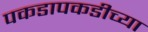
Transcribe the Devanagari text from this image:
पकडापकडीच्या